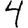
Digit: 4